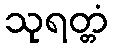
သုရတ္တံ